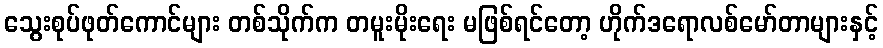
သွေးစုပ်ဖုတ်ကောင်များ တစ်သိုက်က တမူးမိုးရေး မဖြစ်ရင်တော့ ဟိုက်ဒရောလစ်မော်တာများနှင့်